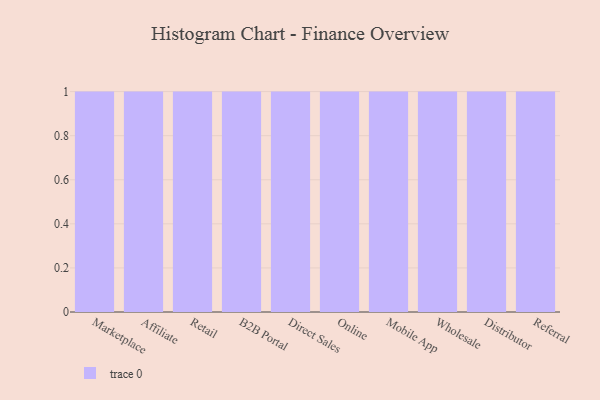
{"axis": {"x": "Channel", "y": "Revenue (USD Million)"}, "legend": [""], "data": [{"x": "Marketplace", "y": 48, "type": ""}, {"x": "Affiliate", "y": 18, "type": ""}, {"x": "Retail", "y": 21, "type": ""}, {"x": "B2B Portal", "y": 37, "type": ""}, {"x": "Direct Sales", "y": 76, "type": ""}, {"x": "Online", "y": 25, "type": ""}, {"x": "Mobile App", "y": 44, "type": ""}, {"x": "Wholesale", "y": 60, "type": ""}, {"x": "Distributor", "y": 96, "type": ""}, {"x": "Referral", "y": 7, "type": ""}]}